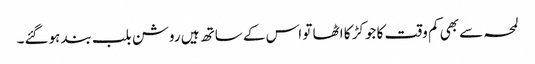
لمحہ سے بھی کم وقت کا جوکڑ کا اٹھا تو اس کے ساتھ ہیں روشن بلب بند ہوگئے۔